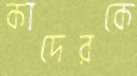
কাদেরকে